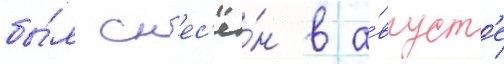
бы́л сн'ес'ё́н в а́вгуст'е